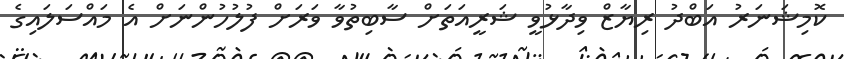
ކޮމިޝަނަރު އަބްދު ރިޔާޒް ވިދާޅުވީ ޝަރީއަތަށް ސާބިތުވާ ވަރަށް ފުލުހުންނަށް އެ މައްސަލައިގެ